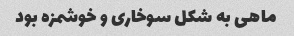
ماهی به شکل سوخاری و خوشمزه بود